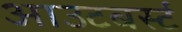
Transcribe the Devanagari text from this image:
आउटबर्स्ट